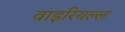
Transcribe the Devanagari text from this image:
वाइरियल्ल